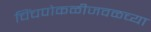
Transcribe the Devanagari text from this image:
चिंचपोकळीजवळच्या